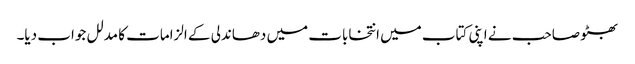
بھٹو صاحب نے اپنی کتاب میں انتخابات میں دھاندلی کے الزامات کا مدلل جواب دیا۔